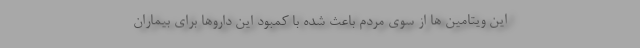
این ویتامین ها از سوی مردم باعث شده با کمبود این داروها برای بیماران